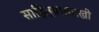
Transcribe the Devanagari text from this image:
साहित्यासारखी